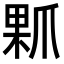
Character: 𤔖